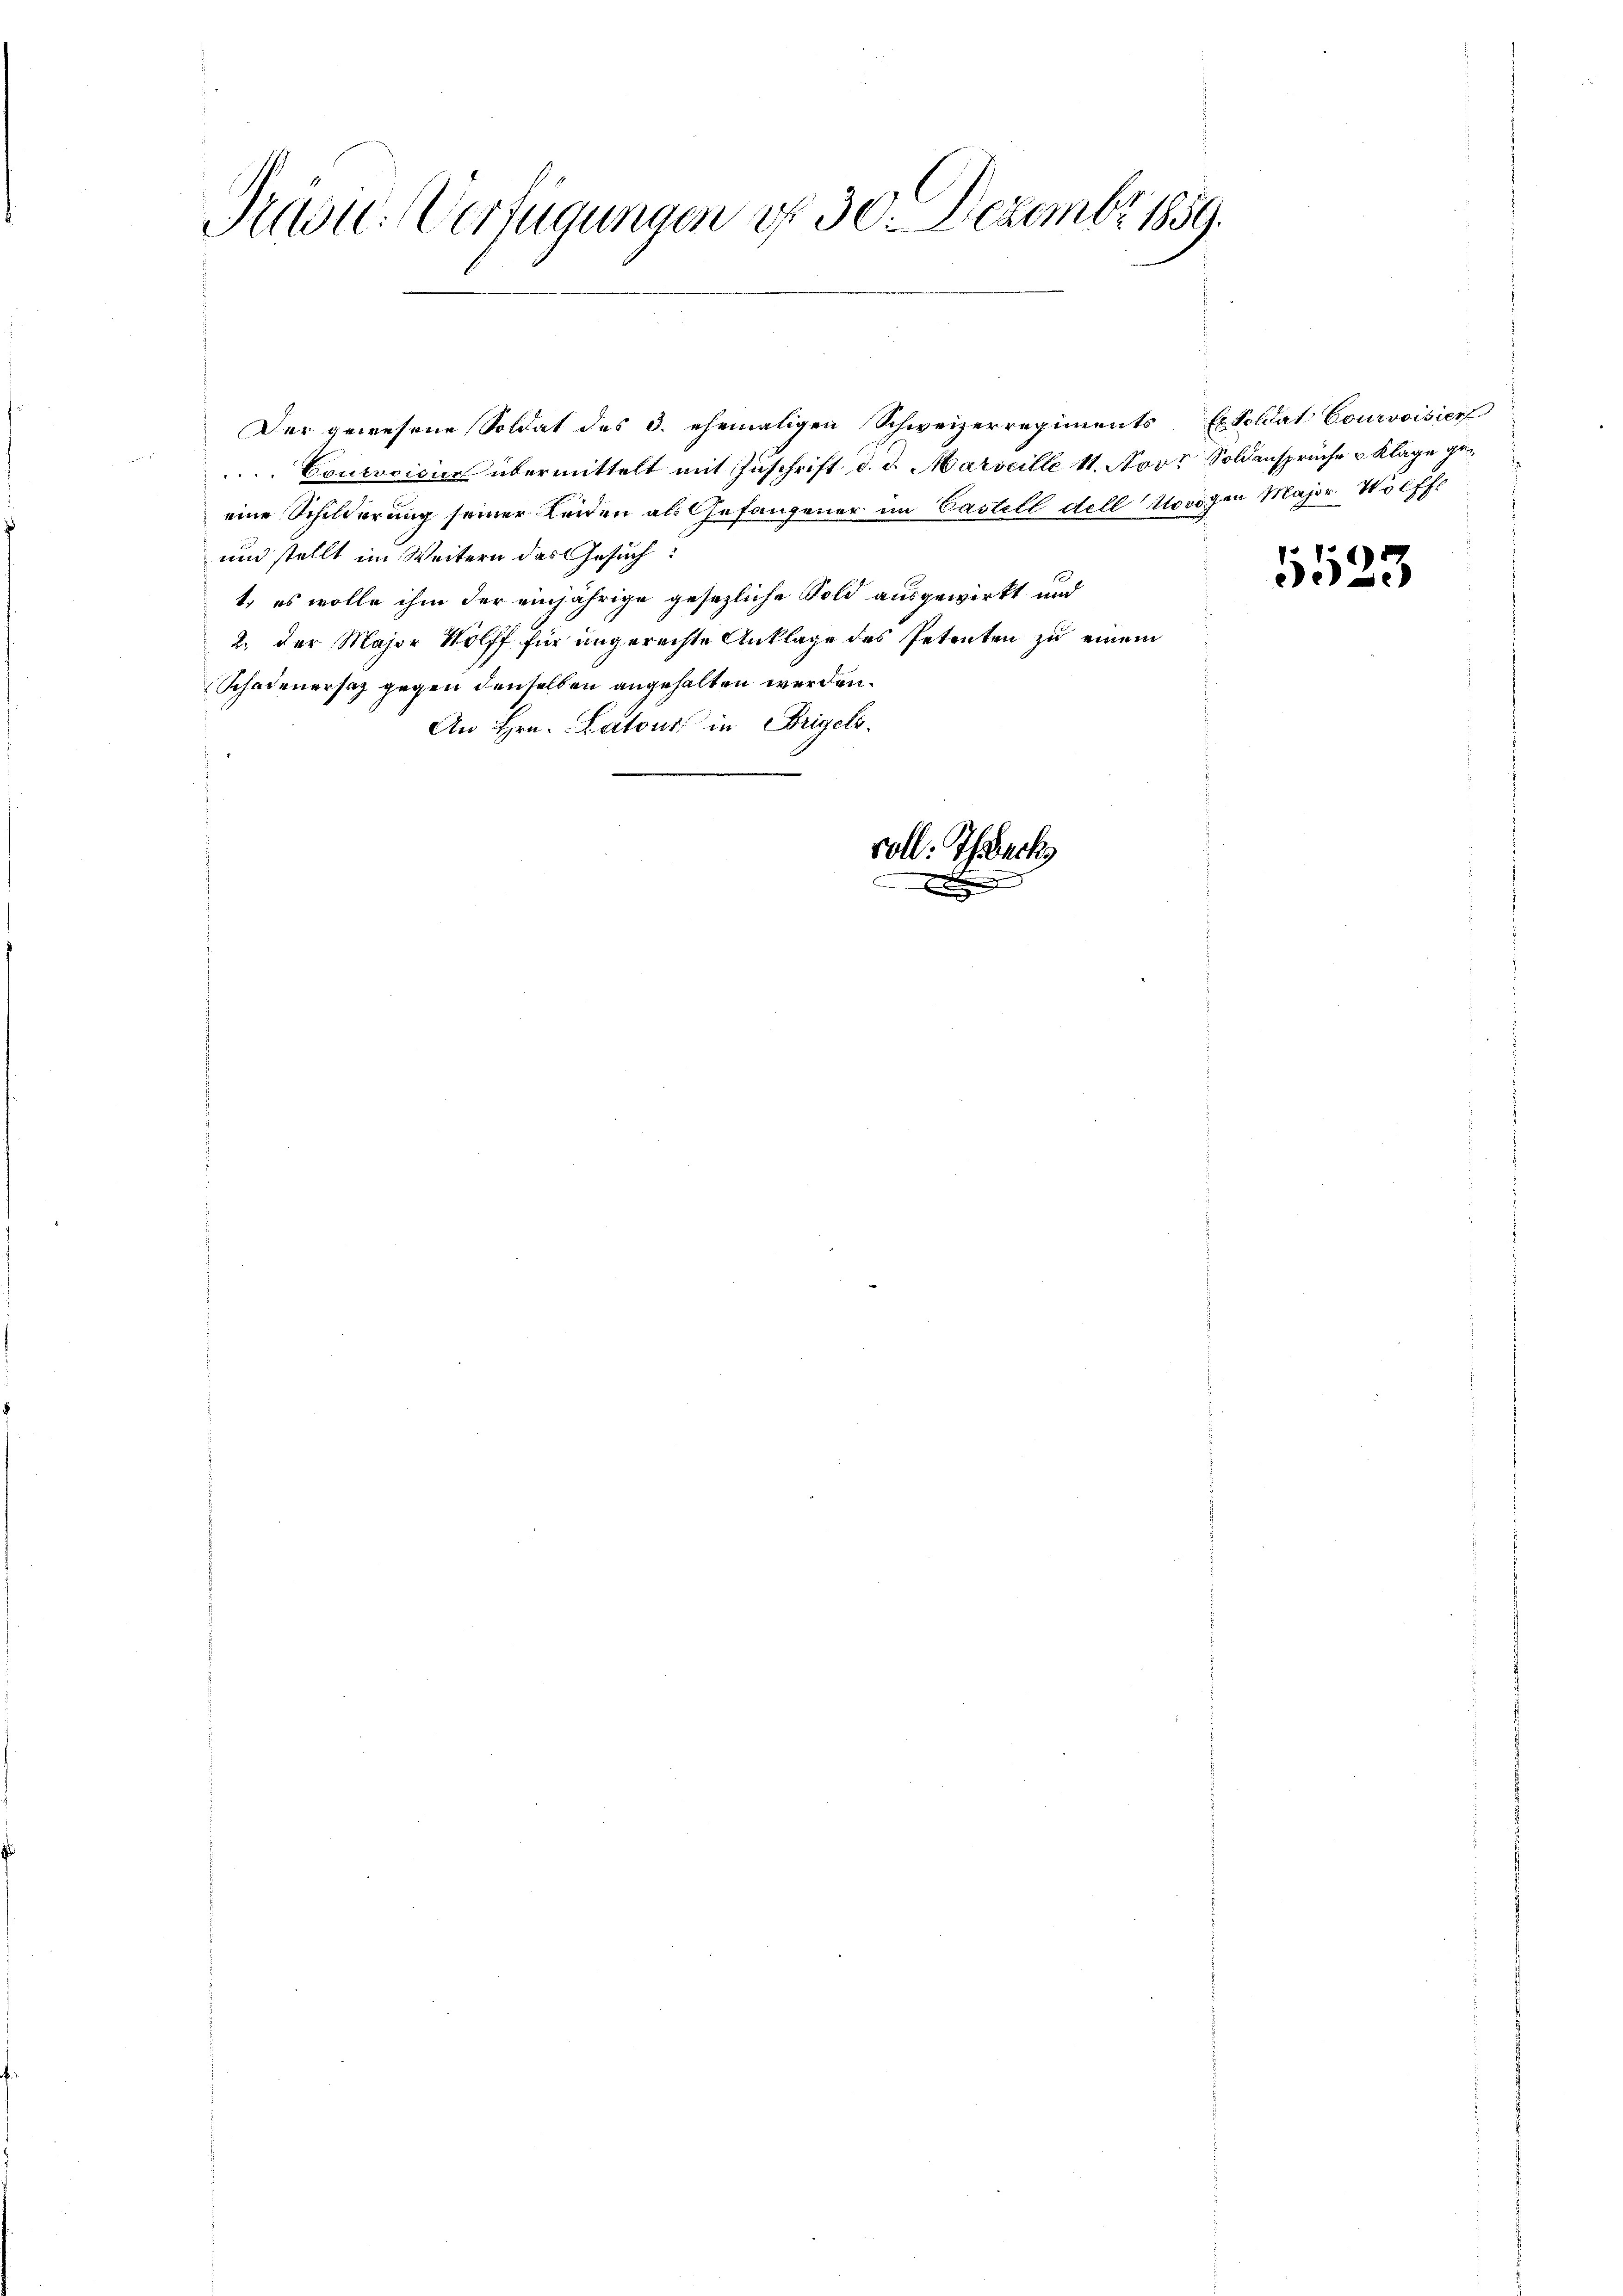
Kust. Verfügungen d. 30. Dezember 1859.

Der gewesene Soldat des 3. ehemaligen Schweizerregiments
Courvoisica übermittelt mit Zuschrift d. d. Marseille 11. Novr Soldansprüche Klage geeine Schilderung seiner Leiden als Gefangener im Castell dell Kovögen Major Wolff
und stellt im Weitern das Gesuch:
1, es wolle ihm der einjährige gesetzliche Sold ausgewirkt und
2. der Major Wolff für ungerechte Anklage des Petenten zu einem
Schadenersaz gegen denselben angehalten werden.
An Hrn. Latour in Brigel.
soll: Thack

.

Ex Soldat Courvoisier

5523